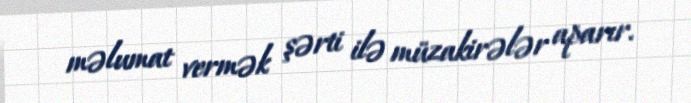
məlumat vermək şərti ilə müzakirələr aparır.